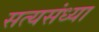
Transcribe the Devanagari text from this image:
सत्यसंध्या